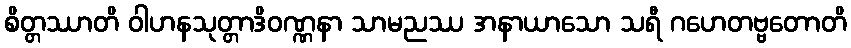
စိတ္တဿာတိ ဝါဟနသုတ္တာဒိဝဏ္ဏနာ သာမညဿ အနာယာသော သရီ ဂဟေတဗ္ဗတောတိ